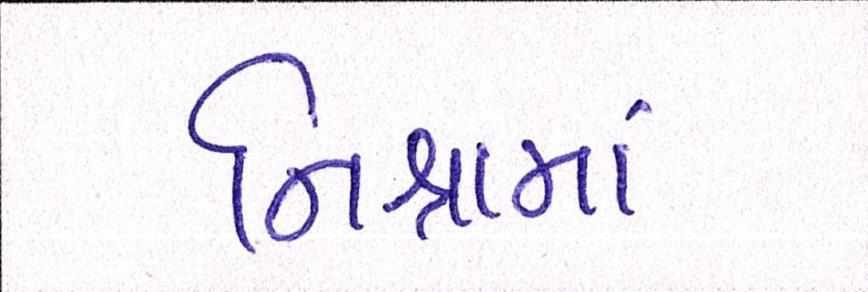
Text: નિશ્રામાં